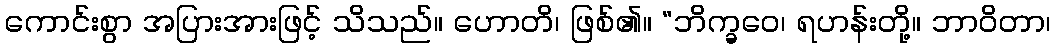
ကောင်းစွာ အပြားအားဖြင့် သိသည်။ ဟောတိ၊ ဖြစ်၏။ “ဘိက္ခဝေ၊ ရဟန်းတို့။ ဘာဝိတာ၊